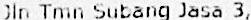
JLN TMN SUBANG JASA 3,